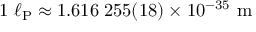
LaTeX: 1 \ \ell _ { \mathrm { P } } \approx 1 . 6 1 6 \; 2 5 5 ( 1 8 ) \times 1 0 ^ { - 3 5 } \ \mathrm { m }